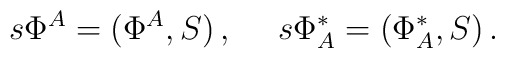
s \Phi^A = (\Phi^A, S)\,,~~~~  s \Phi^*_A = (\Phi^*_A, S)\,.